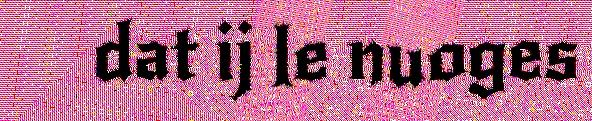
dat ij le nuoges